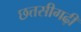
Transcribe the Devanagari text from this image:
छत्तसीगढ़ी